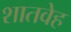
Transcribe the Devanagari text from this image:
शातवेह